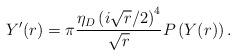
LaTeX: \begin{align*} Y'(r)=\pi\frac{\eta_D\left(i\sqrt{r}/2\right)^4}{\sqrt{r}}P\left(Y(r)\right). \end{align*}